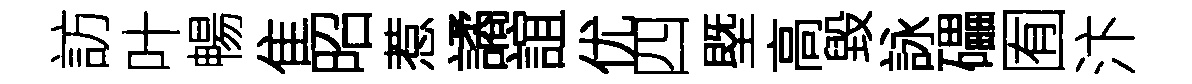
訪叶暢隹昭惹譎誼优四塈高毀詠礧囿汴